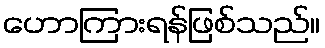
ဟောကြားရန်ဖြစ်သည်။